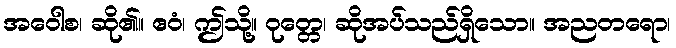
အဝေါစ၊ ဆို၏။ ဧဝံ၊ ဤသို့။ ဝုတ္တေ၊ ဆိုအပ်သည်ရှိသော။ အညတရော၊